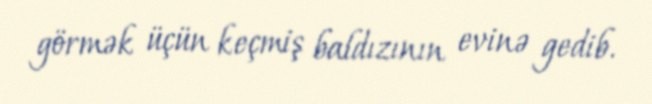
görmək üçün keçmiş baldızının evinə gedib.